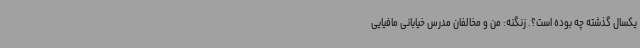
یکسال گذشته چه بوده است؟. زنگنه: من و مخالفان مدرس خیابانی مافیایی